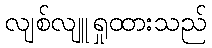
လျစ်လျူရှုထားသည်